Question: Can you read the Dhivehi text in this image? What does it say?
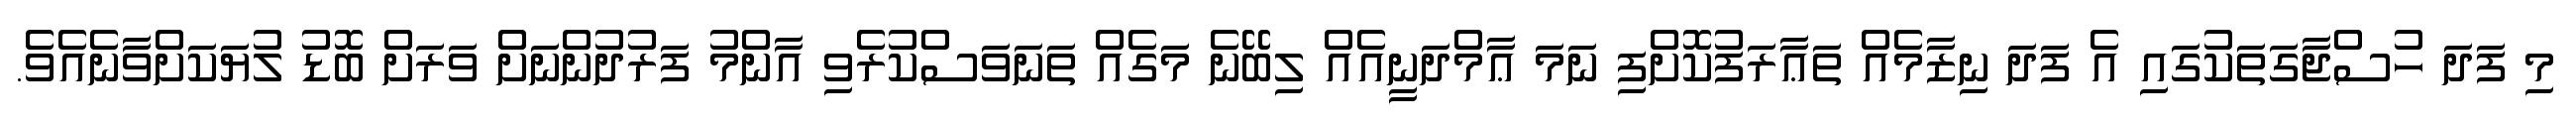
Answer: މި ފަދަ ހުސްޖާގަތަކުގައި އެ ފަދަ ނިޒާމެއް ތަޢާރަފުކޮށްފި ނަމަ ޢާމްދަނީއެއް ލިބޭނެ މަގެއް ތަނަވަސްކުރެވި އާންމު ފަރުދުންނަށް ވަރަށް ބޮޑު ލުޔަކަށްވާނެއެވެ.